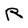
Character: R